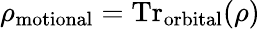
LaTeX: \rho_{\mathrm{motional}}=\mathrm{Tr}_{\mathrm{orbital}}(\rho)